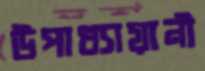
উপাধ্যায়ানী